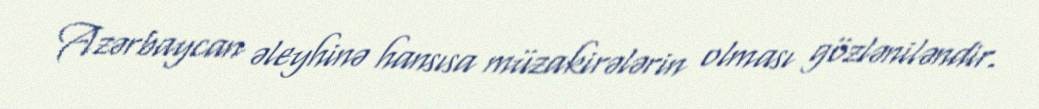
Azərbaycan əleyhinə hansısa müzakirələrin olması gözləniləndir.